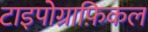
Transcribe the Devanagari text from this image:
टाइपोग्राफ़िकल